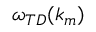
\omega _ { T D } ( k _ { m } )